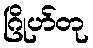
ဂြိုဟ်တု